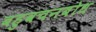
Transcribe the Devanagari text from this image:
बहुवचनबोध